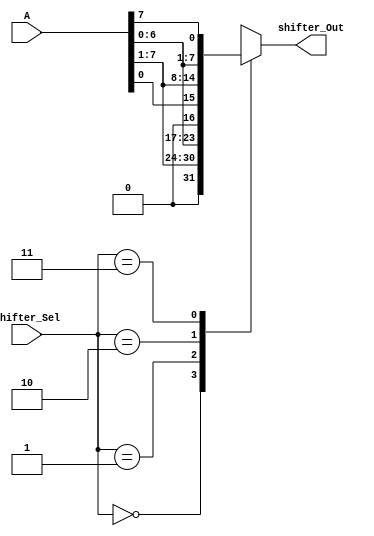
//Shifter
module shifter(
           input [7:0] A,  				  // ALU 8-bit Inputs                 
           input [1:0] shifter_Sel,		  // ALU Selection
           output [7:0] shifter_Out 		  // ALU 8-bit Output
    );

//internal signals
    reg  [7:0] shifter_Result;
	 //continous assignment
    assign shifter_Out = shifter_Result; // Logic out 

	always@(*)
	begin
	case(shifter_Sel)
        2'b00: // RIGHT SHIFT
           shifter_Result = A>>1;
        2'b01: // LEFT SHIFT
           shifter_Result = A<<1;
        2'b10: // RIGHT ROTATE
           shifter_Result = {A[0],A[7:1]};
        2'b11: // LEFT ROTATE  
           shifter_Result = {A[6:0],A[7]};
		  default: shifter_Result = 8'h00 ;
		  
   endcase  

	end
endmodule